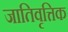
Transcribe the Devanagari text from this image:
जातिवृत्तिक